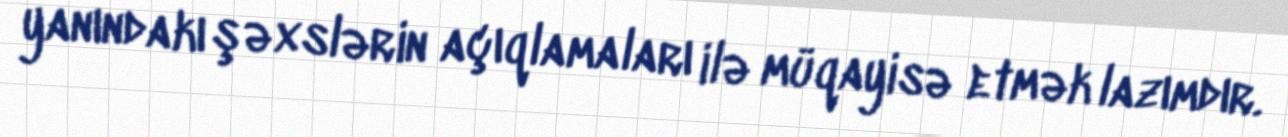
yanındakı şəxslərin açıqlamaları ilə müqayisə etmək lazımdır.